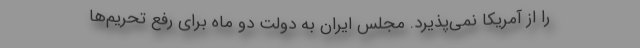
را از آمریکا نمی‌پذیرد. مجلس ایران به دولت دو ماه برای رفع تحریم‌ها